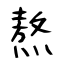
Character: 熬